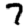
Digit: 7